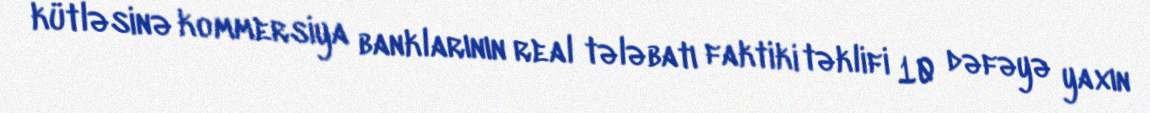
kütləsinə kommersiya banklarının real tələbatı faktiki təklifi 10 dəfəyə yaxın